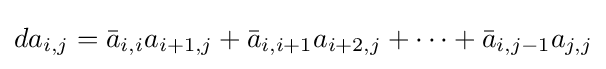
da_{i,j}={\bar {a}}_{i,i}a_{i+1,j}+{\bar {a}}_{i,i+1}a_{i+2,j}+\cdots +{\bar {a}}_{i,j-1}a_{j,j}